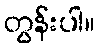
တွန်းပါ။